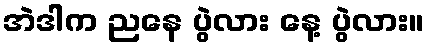
အဲဒါက ညနေ ပွဲလား နေ့ ပွဲလား။